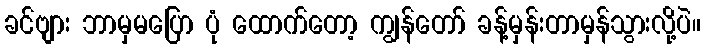
ခင်ဗျား ဘာမှမပြော ပုံ ထောက်တော့ ကျွန်တော် ခန့်မှန်းတာမှန်သွားလို့ပဲ။